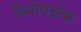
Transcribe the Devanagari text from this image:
विशेषअंक